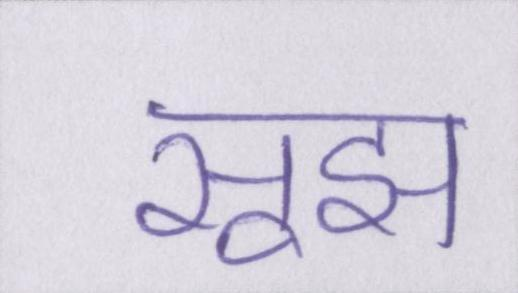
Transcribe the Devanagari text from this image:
सूझ